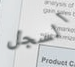
السجل